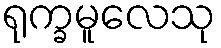
ရုက္ခမူလေသု